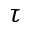
\tau